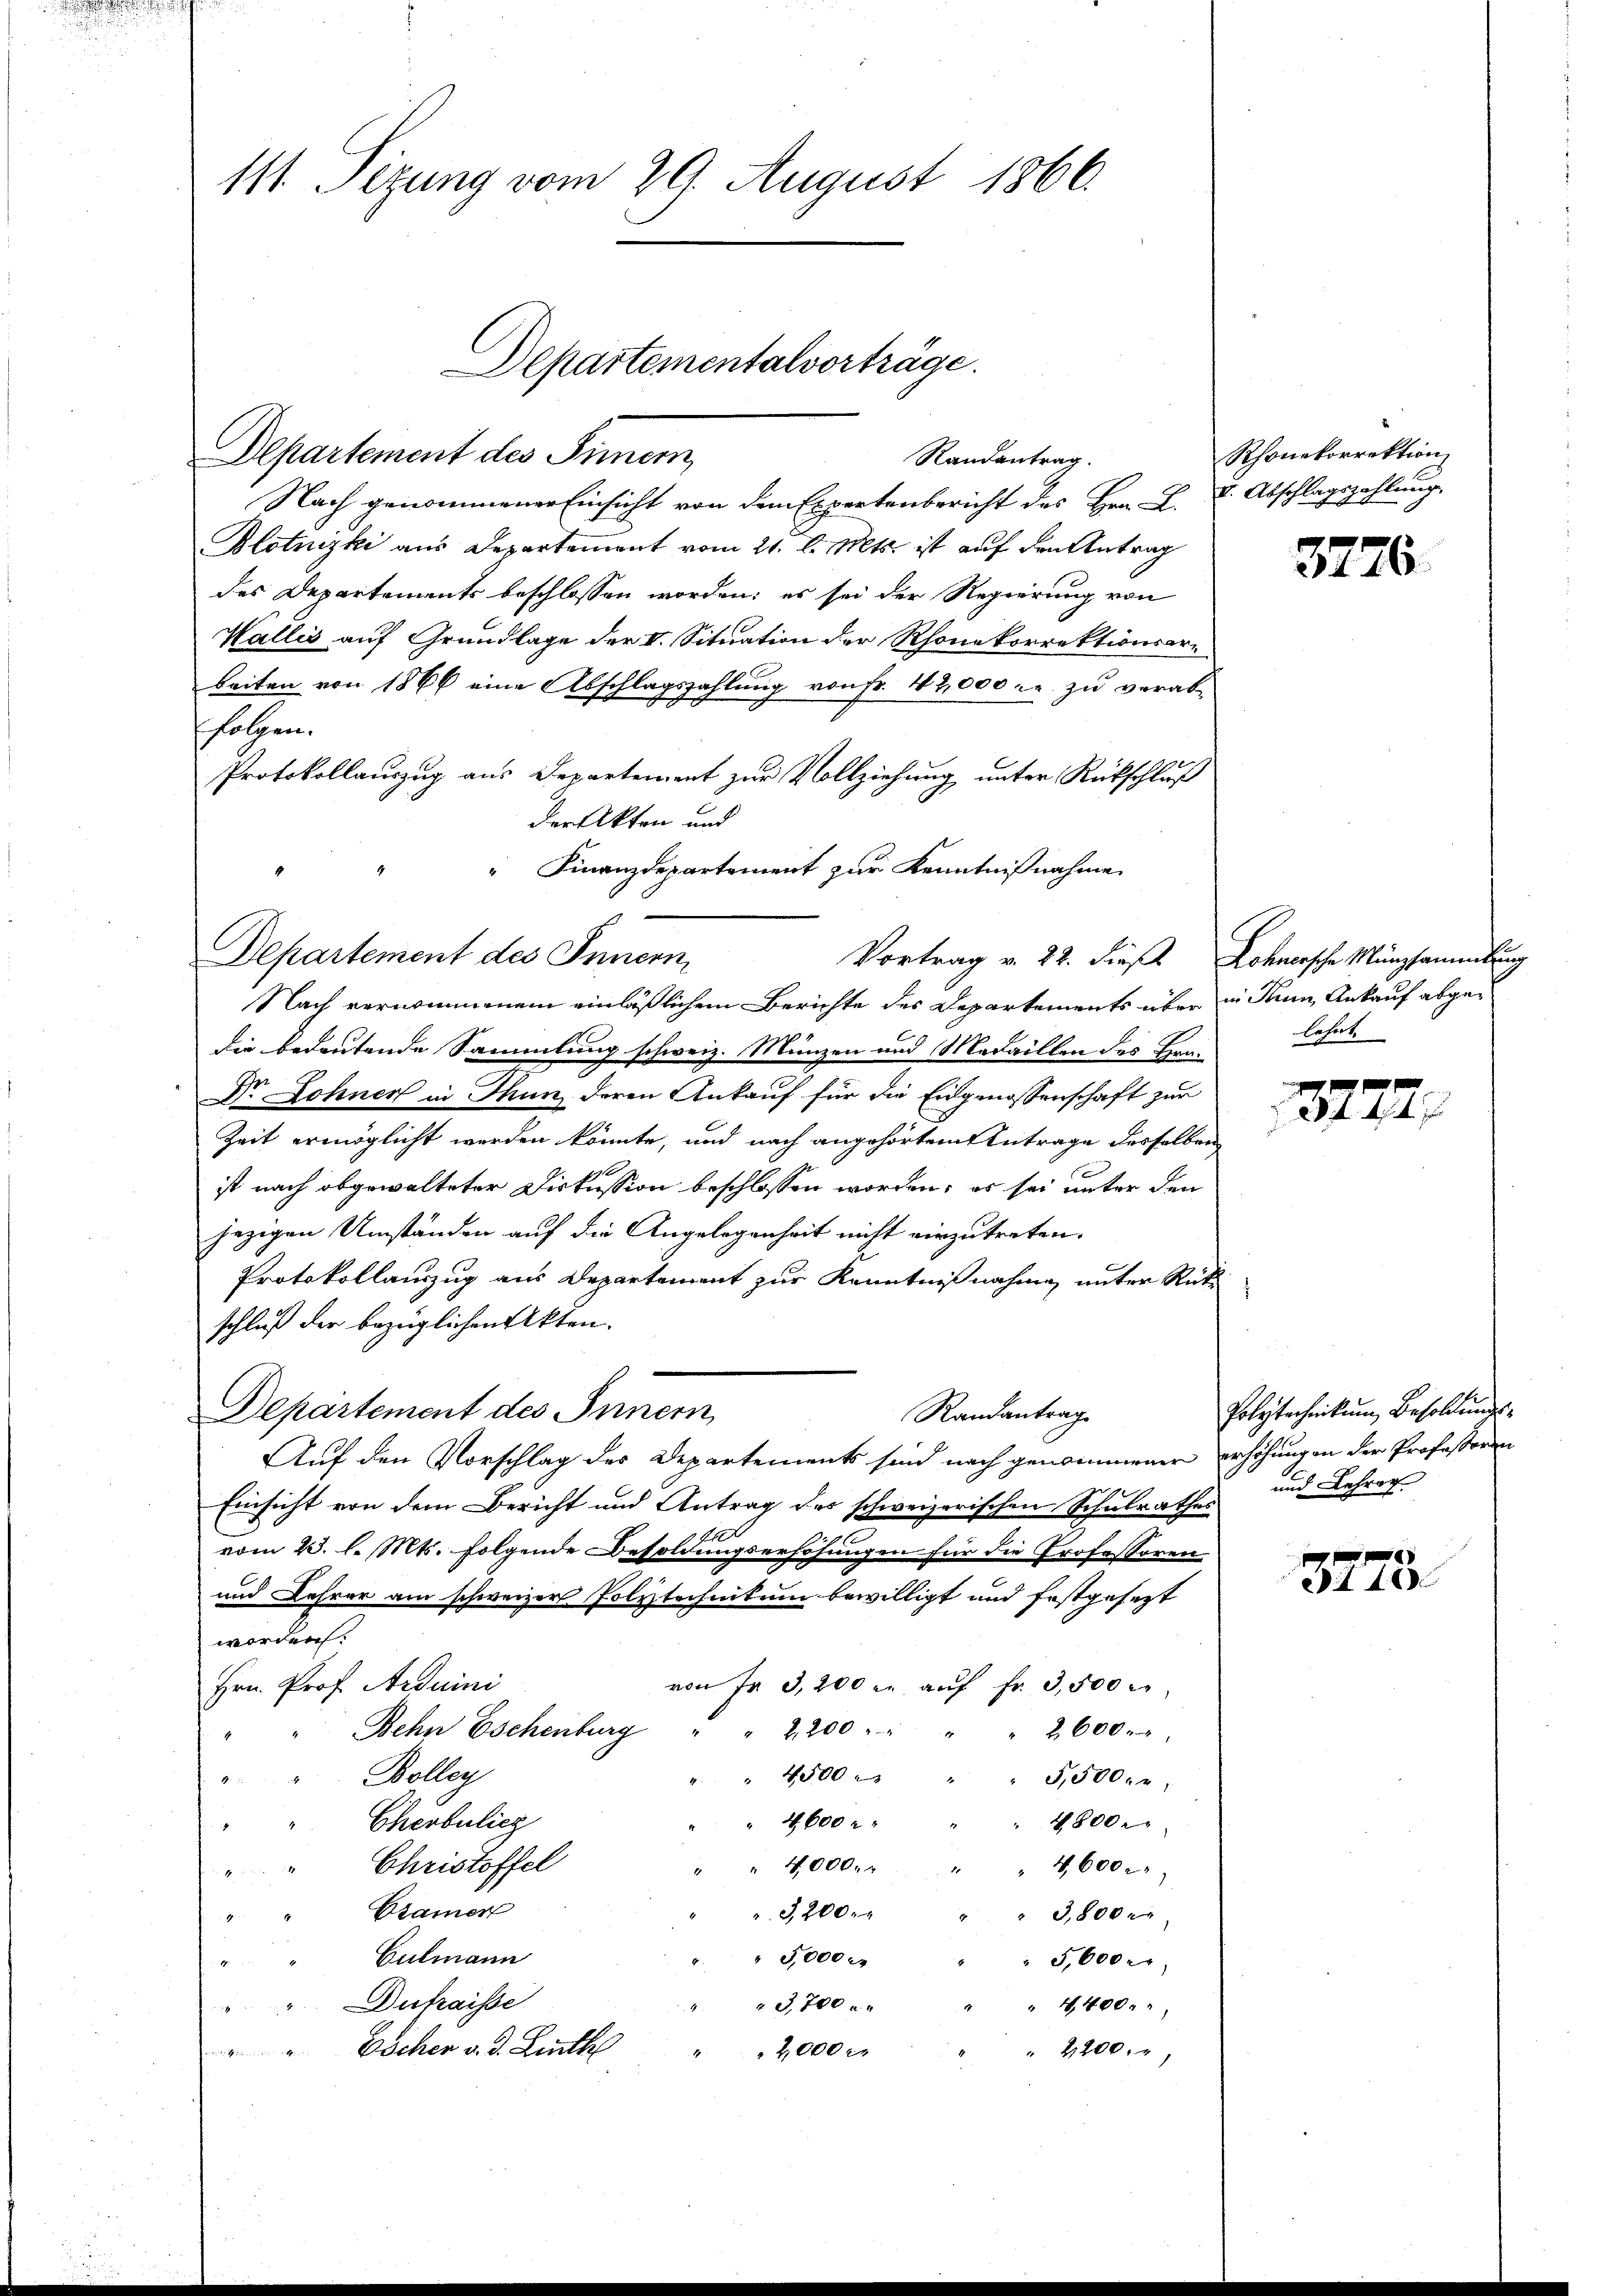
111. Sezung vom 29. August 1866.

Departement des Innern,

Departementalvorträge.

" Finanzdepartement zur Kenntnißnahme
Departement des Innern,

Nach genommener Einsicht von dem Expertenbericht des Hrn. L. V. Abschlagszahlung,
Blotnizki aus Departement vom 21. d. Mts. ist auf den Antrag
des Departements beschlossen worden; es sei der Regierung von
Wallis auf Grundlage der V. Situation der Rhonekorrektionsarbeiten von 1866 eine Abschlagszahlung von Fr. 42,000 M. zu verab-
folgen.
Protokollauszug aus Departement zur Vollziehung unter Rückschluß
der Akten und
Nach vernommenem einläßlichem Berichte des Departements über in Thun, Ankauf abgedie bedeutende Sammlung schweiz. Münzen und Medaillen des Bera¬
Dr Lohner in Thun deren Ankauf für die Eidgenossenschaft zur
Zeit ermöglicht werden könnte, und nach angehörtem Antrage desselben
ist nach abgewalteter Diskussion beschlossen worden; es sei unter den
jezigen Umständen auf die Angelegenheit nicht einzutreten.
Protokollanzug aus Departement zur Kenntnißnahme unter Rüti
schluß der bezüglichen Akten.
Departement des Innern,
Randantrag
Auf den Vorschlag des Departements sind nach genommener erhöhungen der Professoren
Einsicht von dem Bericht und Antrag des schweizerischen Schulrathes
vom 23. l. Mts. folgende Besoldungserhöhungen für die Professoren
und Lehrer am schweizer Polytechnikum bewilligt und festgesezt
worden.
von Fr. 3200 u. aŭf fr. 3,500 r
Hrn. Prof. Arduini
Rehn Eschenburg " " 2200 " " " " 2600.
" Bolleg
 4500   "
5,500 Fr.
4600 r
Cherbulich
4800.
Christoffel
" " 4,000. " " 4,600.
d
Cramer
3,200
" " 3,800 r
Culmann
5,000 r
 5,600.
Dufraisse
3,700 x
4,400.
"Eschen d. d. Linth
2,000 r.
 2200.

Randantrag.

Vortrag v. 22. dieß Lohnersche Münzsammlung

Rhonekorrektion

3776.

lehnt.

2772

Polytechnikum Besoldungs¬
und Lehrer

8773.